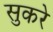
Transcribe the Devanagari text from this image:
सुकरे